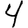
Digit: 4